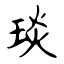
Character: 琰